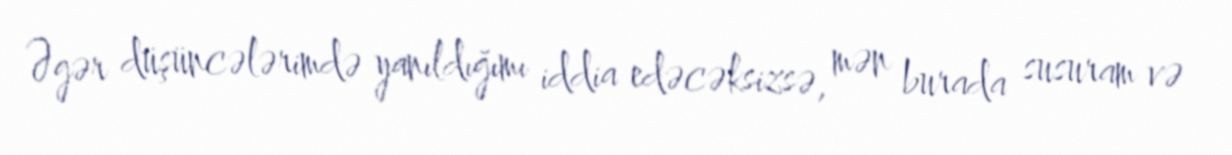
Əgər düşüncələrimdə yanıldığımı iddia edəcəksizsə, mən burada susuram və